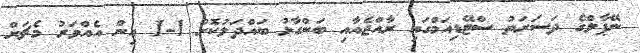
ނޭޕާލްގެ ދަސަރަތު ސްޓޭޑިއަމްގައި ރާއްޖެއާއި ބަންގާޅު ބައްދަލުކޮށް 1-1 އިން އެއްވަރު މެޗަށް